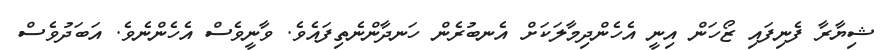
ޝިޔާރާ ފެނިފައި ޒޯހަން އިނީ އެހެންދިމާލަކަށް އެނބުރެން ހަނދާންނެތިފައެވެ. ވާނީވެސް އެހެންނެވެ. އަބަދުވެސް